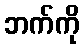
ဘက်ကို